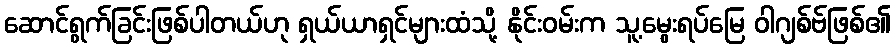
ဆောင်ရွက်ခြင်းဖြစ်ပါတယ်ဟု ရှယ်ယာရှင်များထံသို့ နိုင်းဝမ်းက သူ့မွေးရပ်မြေ ဝါဂျစ်ဗ်ဖြစ်၏